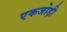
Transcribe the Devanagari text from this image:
एकजोड़ी